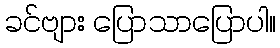
ခင်ဗျား ပြောသာပြောပါ။